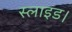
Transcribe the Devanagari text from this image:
स्लाइड।